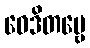
ဝေဒိတဗ္ဗေ